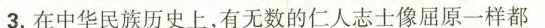
3.在中华民族历史上，有无数的仁人志士像屈原一样都